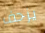
يزحف